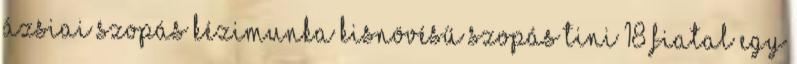
ázsiai szopás kézimunka kisnövésű szopás tini 18 fiatal egy